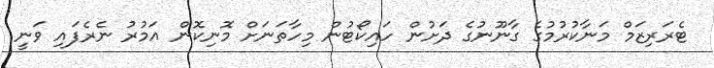
ޓެރަރިޒަމް މަނާކުރުމުގެ ގާނޫނުގެ ދަށުން ހައިކޯޓުން މިހާތަނަށް މޮނިކޮން އަމުރު ނެރެފައި ވަނީ